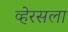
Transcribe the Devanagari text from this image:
व्हेरसला